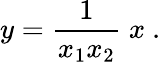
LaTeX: y={\frac{1}{x_{1}x_{2}}}\; x\ .